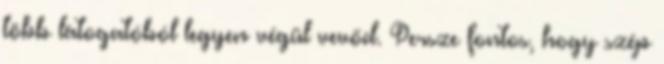
több látogatóból legyen végül vevőd. Persze fontos, hogy szép